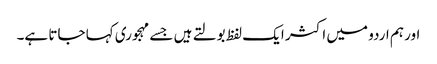
اور ہم اردو میں اکثر ایک لفظ بولتے ہیں جسے مہجوری کہا جاتا ہے۔